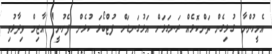
އެމީހުންނާ ގުޅިގެން ތަންކޮޅެއް ރަނގަޅަށް އަޅުގަނޑަށް ފުޓްބޯޅަ ކުޅެން ފެށުނީ" އާޒިމް ވިދާޅުވި